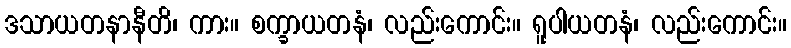
ဒသာယတနာနီတိ၊ ကား။ စက္ခာယတနံ၊ လည်းကောင်း။ ရူပါယတနံ၊ လည်းကောင်း။